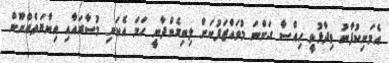
އެމަނިކުފާނު ވިދާޅުވީ ހިއްސާ ގަންނަ މުވައްޒަފުނަށް ލިބިގެންދާނީ ހަމަ އެކަނި މުސާރައާއި އިނާޔަތެއްނޫން